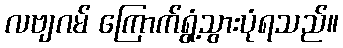
လဗျဂမ် ကြောက်ရွံ့သွားပုံရသည်။